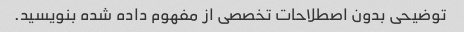
توضیحی بدون اصطلاحات تخصصی از مفهوم داده شده بنویسید.